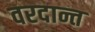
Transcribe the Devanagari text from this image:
वरदान्त